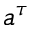
a ^ { \tau }